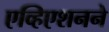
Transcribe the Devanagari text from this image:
एव्हिएशनने